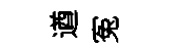
遒寃